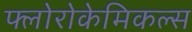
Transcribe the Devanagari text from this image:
फ्लोरोकेमिकल्स